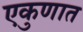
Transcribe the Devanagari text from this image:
एकुणात